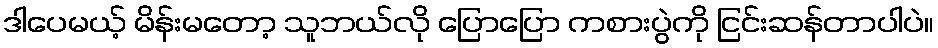
ဒါပေမယ့် မိန်းမတော့ သူဘယ်လို ပြောပြော ကစားပွဲကို ငြင်းဆန်တာပါပဲ။